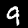
Digit: 9